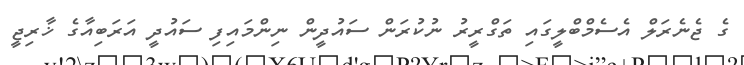
ގެ ޖެނެރަލް އެސެމްބްލީގައި ތަގްރީރު ނުކުރަން ސައުދީން ނިންމައިފި ސައުދީ އަރަބިއާގެ ޚާރިޖީ